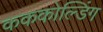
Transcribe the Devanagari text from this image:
कककोल्डिंग